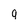
Character: g